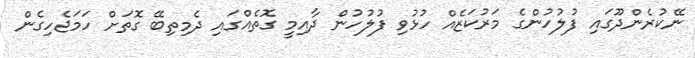
ނޭކުރެންދޫގައި ފުލުހުންގެ މަރުކަޒެއް ހުޅުވި ފުލުހުން ދާއިމީ ގޮތެއްގައި ދެމިތިބޭ ގޮތަށް ހަމަޖެހިގެން